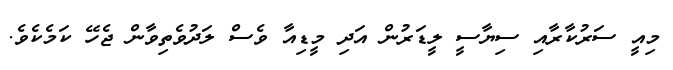
މިއީ ސަރުކާރާއި ސިޔާސީ ލީޑަރުން އަދި މީޑިއާ ވެސް ލަދުވެތިވާން ޖެހޭ ކަމެކެވެ.